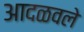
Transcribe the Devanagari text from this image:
आदळवले